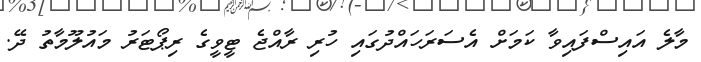
މާލެ އައިސްފައިވާ ކަމަށް އެސަރަހައްދުގައި ހުރި ރާއްޖެ ޓީވީގެ ރިޕޯޓަރު މައުލޫމާތު ދޭ.